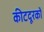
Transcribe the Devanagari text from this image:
कीटदूरकों